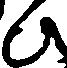
ひ